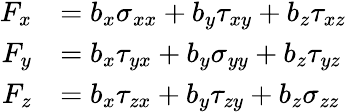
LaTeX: {\begin{array}{rl}{F_{x}}&{=b_{x}\sigma_{xx}+b_{y}\tau_{xy}+b_{z}\tau_{xz}}\\ {F_{y}}&{=b_{x}\tau_{yx}+b_{y}\sigma_{yy}+b_{z}\tau_{yz}}\\ {F_{z}}&{=b_{x}\tau_{zx}+b_{y}\tau_{zy}+b_{z}\sigma_{zz}}\end{array}}